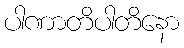
ပါဏာတိပါတိနော